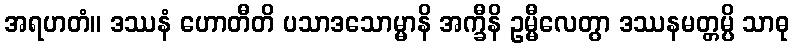
အရဟတံ။ ဒဿနံ ဟောတီတိ ပသာဒသောမ္မာနိ အက္ခီနိ ဥမ္မီလေတွာ ဒဿနမတ္တမ္ပိ သာဓု